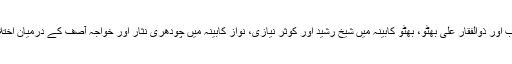
ایوب کابینہ میں محمد شعیب اور ذوالفقار علی بھٹو، بھٹو کابینہ میں شیخ رشید اور کوثر نیازی، نواز کابینہ میں چودھری نثار اور خواجہ آصف کے درمیان اختلافات مستقل موضوع رہے۔